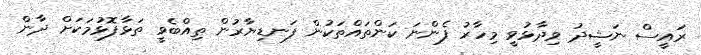
ރައީސް ނަޝީދު ވިދާޅުވީ މިހާރު ފެންނަ ކަންތައްތަކުން ފަނޑިޔާރުން ތިއްބެވީ ތަޅާފޮޅުމަކަށް ދާން